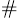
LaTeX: ^{\# }